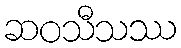
ဆဝသီသဿ